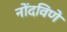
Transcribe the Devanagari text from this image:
नोंदविणे